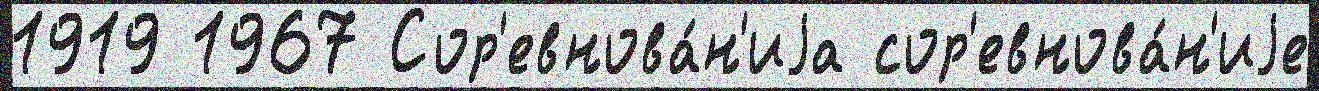
1919 1967 Сор'евнова́н'иjа сор'евнова́н'иjе